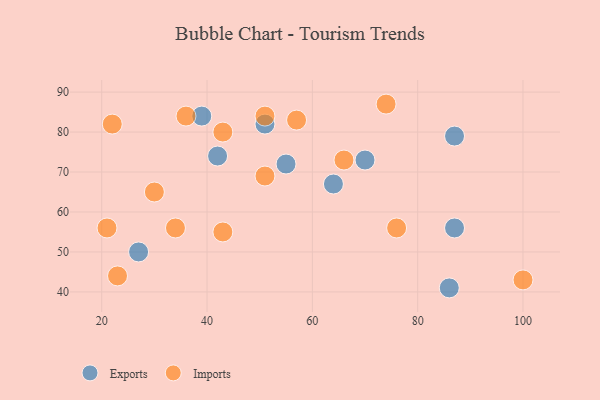
{"axis": {"x": "GDP", "y": "Life Expectancy"}, "legend": ["Exports", "Imports"], "data": [{"x": "27", "y": 50, "type": "Exports"}, {"x": "87", "y": 79, "type": "Exports"}, {"x": "51", "y": 82, "type": "Exports"}, {"x": "70", "y": 73, "type": "Exports"}, {"x": "86", "y": 41, "type": "Exports"}, {"x": "55", "y": 72, "type": "Exports"}, {"x": "42", "y": 74, "type": "Exports"}, {"x": "39", "y": 84, "type": "Exports"}, {"x": "64", "y": 67, "type": "Exports"}, {"x": "87", "y": 56, "type": "Exports"}, {"x": "76", "y": 56, "type": "Imports"}, {"x": "43", "y": 80, "type": "Imports"}, {"x": "34", "y": 56, "type": "Imports"}, {"x": "66", "y": 73, "type": "Imports"}, {"x": "23", "y": 44, "type": "Imports"}, {"x": "57", "y": 83, "type": "Imports"}, {"x": "51", "y": 84, "type": "Imports"}, {"x": "51", "y": 69, "type": "Imports"}, {"x": "36", "y": 84, "type": "Imports"}, {"x": "74", "y": 87, "type": "Imports"}, {"x": "43", "y": 55, "type": "Imports"}, {"x": "30", "y": 65, "type": "Imports"}, {"x": "21", "y": 56, "type": "Imports"}, {"x": "100", "y": 43, "type": "Imports"}, {"x": "22", "y": 82, "type": "Imports"}]}